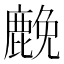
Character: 𮭵